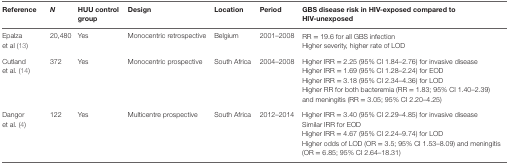
<table><thead><tr><td><b>Reference</b></td><td><b><i>N</i></b></td><td><b>HUU control group</b></td><td><b>Design</b></td><td><b>Location</b></td><td><b>Period</b></td><td><b>GBS disease risk in HIV-exposed compared to HIV-unexposed</b></td></tr></thead><tbody><tr><td rowspan="2">Epalza et al (13)</td><td rowspan="2">20,480</td><td rowspan="2">Yes</td><td rowspan="2">Monocentric retrospective</td><td rowspan="2">Belgium</td><td rowspan="2">2001–2008</td><td>RR = 19.6 for all GBS infection</td></tr><tr><td>Higher severity, higher rate of LOD</td></tr><tr><td rowspan="4">Cutland et al. (14)</td><td rowspan="4">372</td><td rowspan="4">Yes</td><td rowspan="4">Monocentric prospective</td><td rowspan="4">South Africa</td><td rowspan="4">2004–2008</td><td>Higher IRR = 2.25 (95% CI 1.84–2.76) for invasive disease</td></tr><tr><td>Higher IRR = 1.69 (95% CI 1.28–2.24) for EOD</td></tr><tr><td>Higher IRR = 3.18 (95% CI 2.34–4.36) for LOD</td></tr><tr><td>Higher RR for both bacteremia (RR = 1.83; 95% CI 1.40–2.39) and meningitis (RR = 3.05; 95% CI 2.20–4.25)</td></tr><tr><td rowspan="4">Dangor et al. (4)</td><td rowspan="4">122</td><td rowspan="4">Yes</td><td rowspan="4">Multicentre prospective</td><td rowspan="4">South Africa</td><td rowspan="4">2012–2014</td><td>Higher IRR = 3.40 (95% CI 2.29–4.85) for invasive disease</td></tr><tr><td>Similar IRR for EOD</td></tr><tr><td>Higher IRR = 4.67 (95% CI 2.24–9.74) for LOD</td></tr><tr><td>Higher odds of LOD (OR = 3.5; 95% CI 1.53–8.09) and meningitis (OR = 6.85; 95% CI 2.64–18.31)</td></tr></tbody></table>